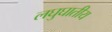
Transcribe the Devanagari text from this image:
लघुघातीय